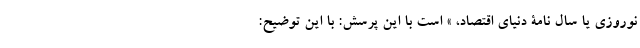
نوروزی یا سال نامۀ دنیای اقتصاد، » است با این پرسش: با این توضیح: